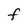
Character: F